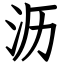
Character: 沥